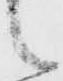
候